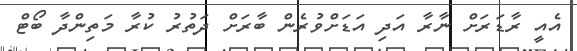
އެއީ ރާޑަރަށް ނާރާ އަދި އަޑަަށްވުރެން ބާރަށް ދަތުރު ކުރާ މަތިންދާ ބޯޓް